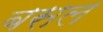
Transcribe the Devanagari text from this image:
बसल